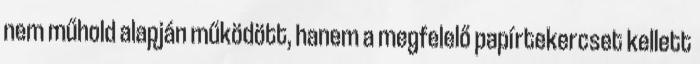
nem műhold alapján működött, hanem a megfelelő papírtekercset kellett